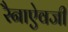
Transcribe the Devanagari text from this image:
रैनाऐवजी